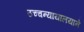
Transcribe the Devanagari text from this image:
उच्चन्यायालयाने